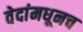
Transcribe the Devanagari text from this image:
वेदांमधूनच